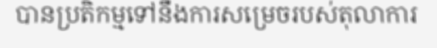
បានប្រតិកម្មទៅនឹងការសម្រេចរបស់តុលាការ